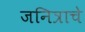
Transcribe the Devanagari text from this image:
जनित्राचे